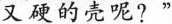
又硬的壳呢？”